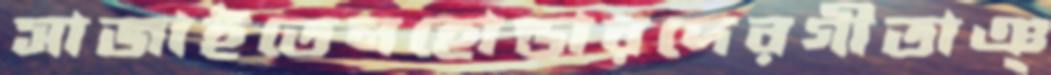
সাজাইতেনহোল্ডারদেরগীতাঞ্